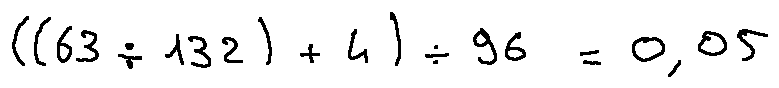
( ( 6 3 \div 1 3 2 ) + 4 ) \div 9 6 = 0 . 0 5